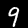
Digit: 9